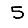
Digit: 5